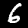
Digit: 6